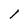
Character: 1